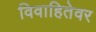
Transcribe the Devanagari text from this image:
विवाहितेवर